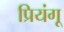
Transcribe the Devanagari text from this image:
प्रियंगू